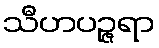
သီဟပဉ္ဇရာ